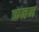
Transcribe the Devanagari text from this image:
कनन